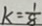
k = \frac { 1 } { 8 }